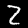
Label: 2